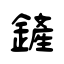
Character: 鏟